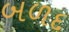
બળદ